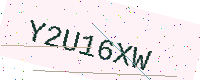
Text: Y2U16XW